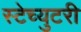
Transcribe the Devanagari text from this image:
स्टेच्युटरी